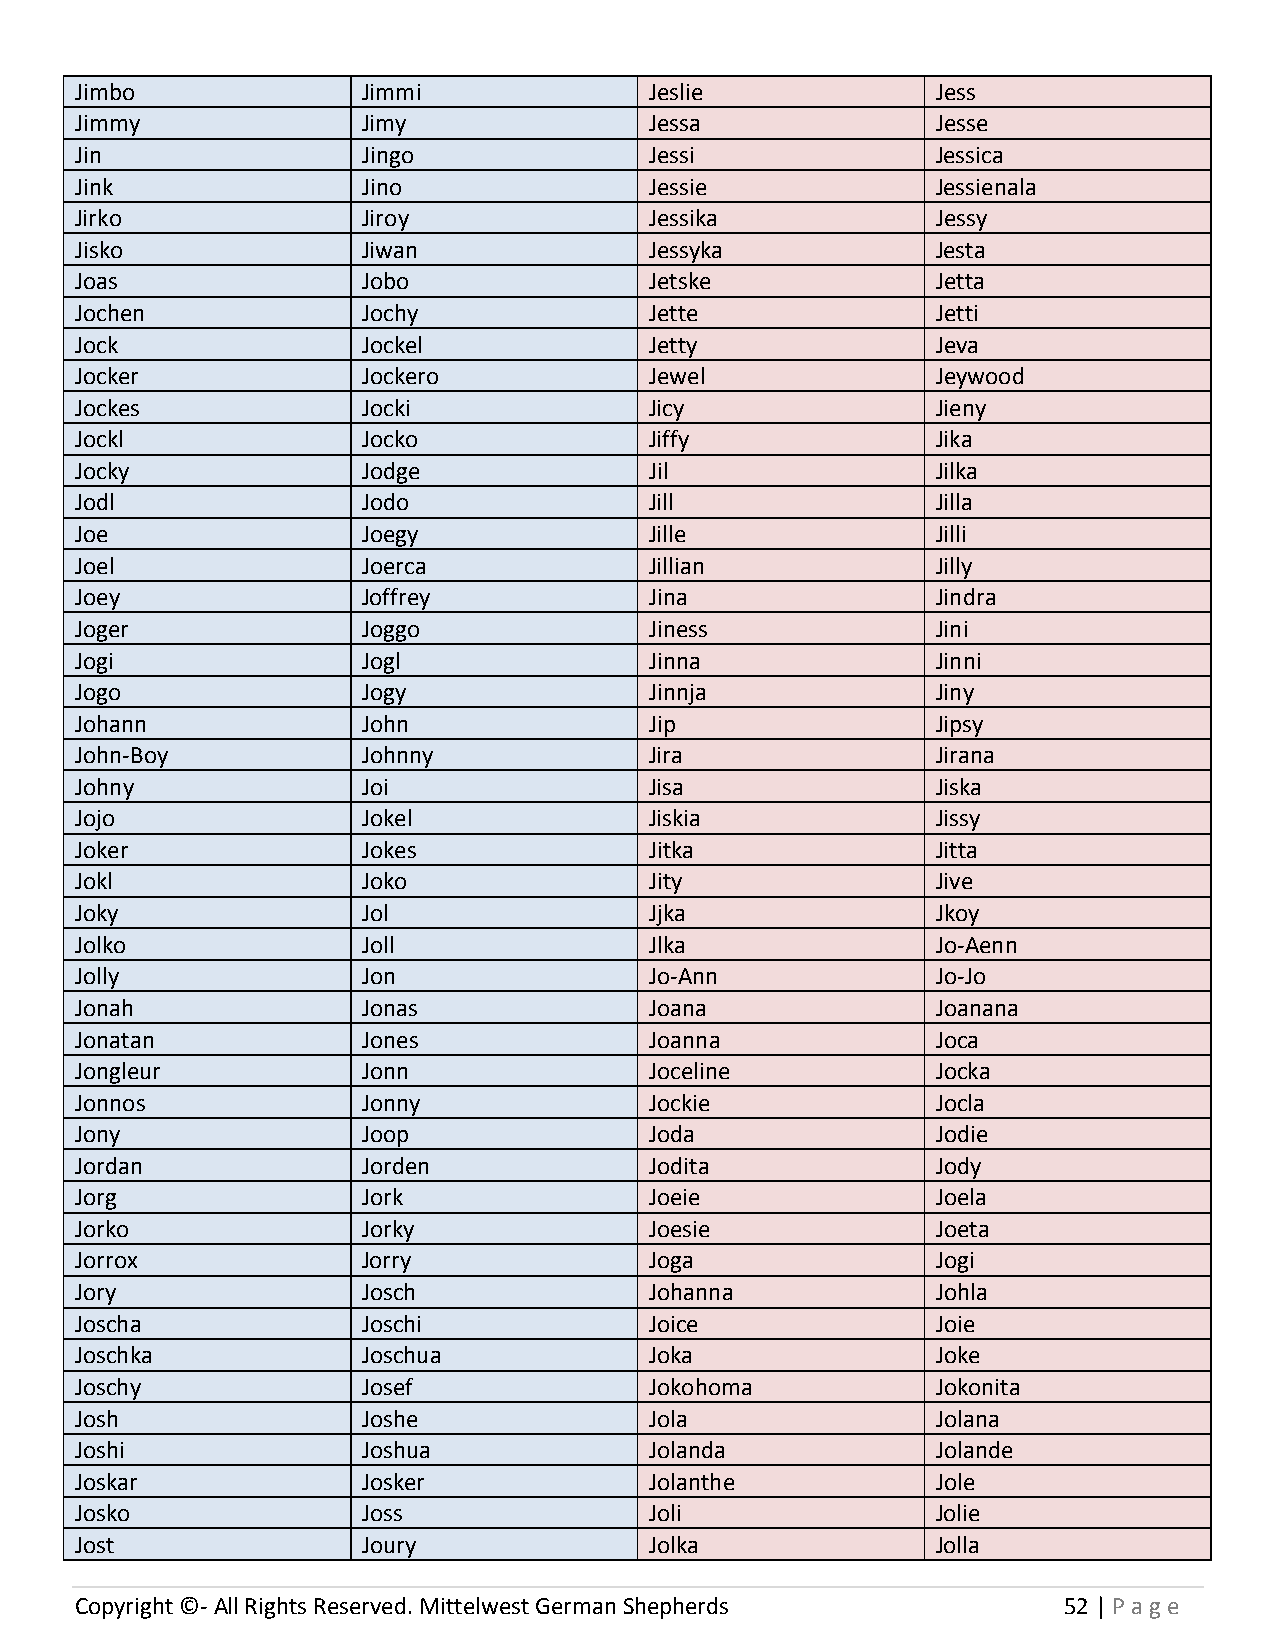
Jimbo              Jimmi              Jeslie             Jess
 Jimmy              Jimy               Jessa              Jesse
 Jin                Jingo              Jessi              Jessica
 Jink               Jino               Jessie             Jessienala
 Jirko              Jiroy              Jessika            Jessy
 Jisko              Jiwan              Jessyka            Jesta
 Joas               Jobo               Jetske             Jetta
 Jochen             Jochy              Jette              Jetti
 Jock               Jockel             Jetty              Jeva
 Jocker             Jockero            Jewel              Jeywood
 Jockes             Jocki              Jicy               Jieny
 Jockl              Jocko              Jiffy              Jika
 Jocky              Jodge              Jil                Jilka
 Jodl               Jodo               Jill               Jilla
 Joe                Joegy              Jille              Jilli
 Joel               Joerca             Jillian            Jilly
 Joey               Joffrey            Jina               Jindra
 Joger              Joggo              Jiness             Jini
 Jogi               Jogl               Jinna              Jinni
 Jogo               Jogy               Jinnja             Jiny
 Johann             John               Jip                Jipsy
 John-Boy           Johnny             Jira               Jirana
 Johny              Joi                Jisa               Jiska
 Jojo               Jokel              Jiskia             Jissy
 Joker              Jokes              Jitka              Jitta
 Jokl               Joko               Jity               Jive
 Joky               Jol                Jjka               Jkoy
 Jolko              Joll               Jlka               Jo-Aenn
 Jolly              Jon                Jo-Ann             Jo-Jo
 Jonah              Jonas              Joana              Joanana
 Jonatan            Jones              Joanna             Joca
 Jongleur           Jonn               Joceline           Jocka
 Jonnos             Jonny              Jockie             Jocla
 Jony               Joop               Joda               Jodie
 Jordan             Jorden             Jodita             Jody
 Jorg               Jork               Joeie              Joela
 Jorko              Jorky              Joesie             Joeta
 Jorrox             Jorry              Joga               Jogi
 Jory               Josch              Johanna            Johla
 Joscha             Joschi             Joice              Joie
 Joschka            Joschua            Joka               Joke
 Joschy             Josef              Jokohoma           Jokonita
 Josh               Joshe              Jola               Jolana
 Joshi              Joshua             Jolanda            Jolande
 Joskar             Josker             Jolanthe           Jole
 Josko              Joss               Joli               Jolie
 Jost               Joury              Jolka              Jolla
 Copyright ©- All Rights Reserved. Mittelwest German Shepherds    52 | P age